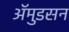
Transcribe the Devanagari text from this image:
अॅमुडसन